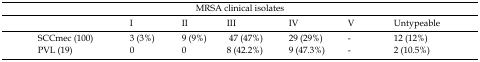
<table><thead><tr><td colspan="7"><b>MRSA clinical isolates</b></td></tr><tr><td></td><td><b><i>I</i></b></td><td><b><i>II</i></b></td><td><b><i>III</i></b></td><td><b><i>IV</i></b></td><td><b><i>V</i></b></td><td><b><i>Untypeable</i></b></td></tr></thead><tbody><tr><td>SCC<i>mec</i> (100)</td><td>3 (3%)</td><td>9 (9%)</td><td> 47 (47%)</td><td>29 (29%)</td><td>-</td><td>12 (12%)</td></tr><tr><td>PVL (19)</td><td>0</td><td>0</td><td>8 (42.2%)</td><td>9 (47.3%)</td><td>-</td><td>2 (10.5%)</td></tr></tbody></table>